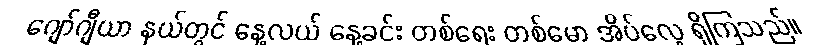
ဂျော်ဂျီယာ နယ်တွင် နေ့လယ် နေ့ခင်း တစ်ရေး တစ်မော အိပ်လေ့ ရှိကြသည်။